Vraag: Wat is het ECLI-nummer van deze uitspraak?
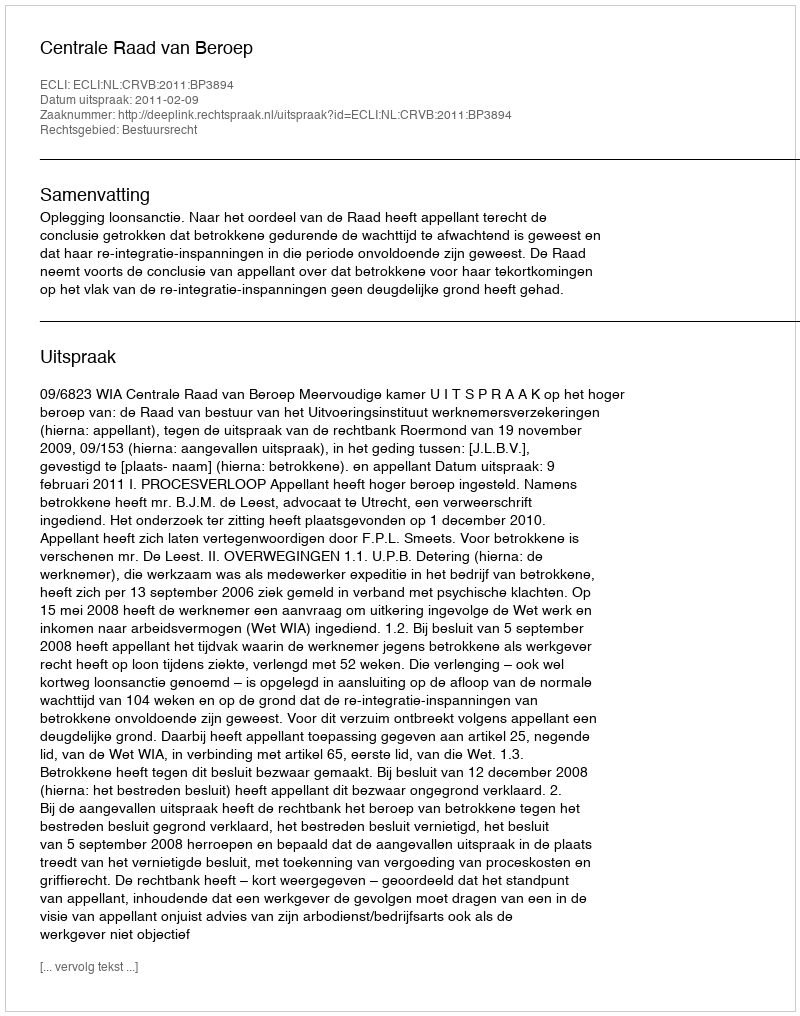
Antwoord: ECLI:NL:CRVB:2011:BP3894